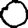
Digit: 0